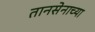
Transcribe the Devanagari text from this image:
तानसेनाच्या